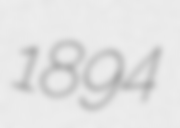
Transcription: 1894